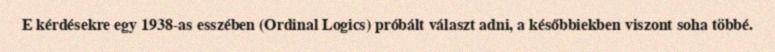
E kérdésekre egy 1938-as esszében (Ordinal Logics) próbált választ adni, a későbbiekben viszont soha többé.